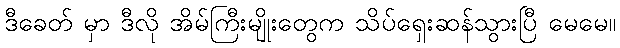
ဒီခေတ် မှာ ဒီလို အိမ်ကြီးမျိုးတွေက သိပ်ရှေးဆန်သွားပြီ မေမေ။